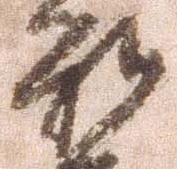
被